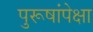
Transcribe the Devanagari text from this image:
पुरूषांपेक्षा